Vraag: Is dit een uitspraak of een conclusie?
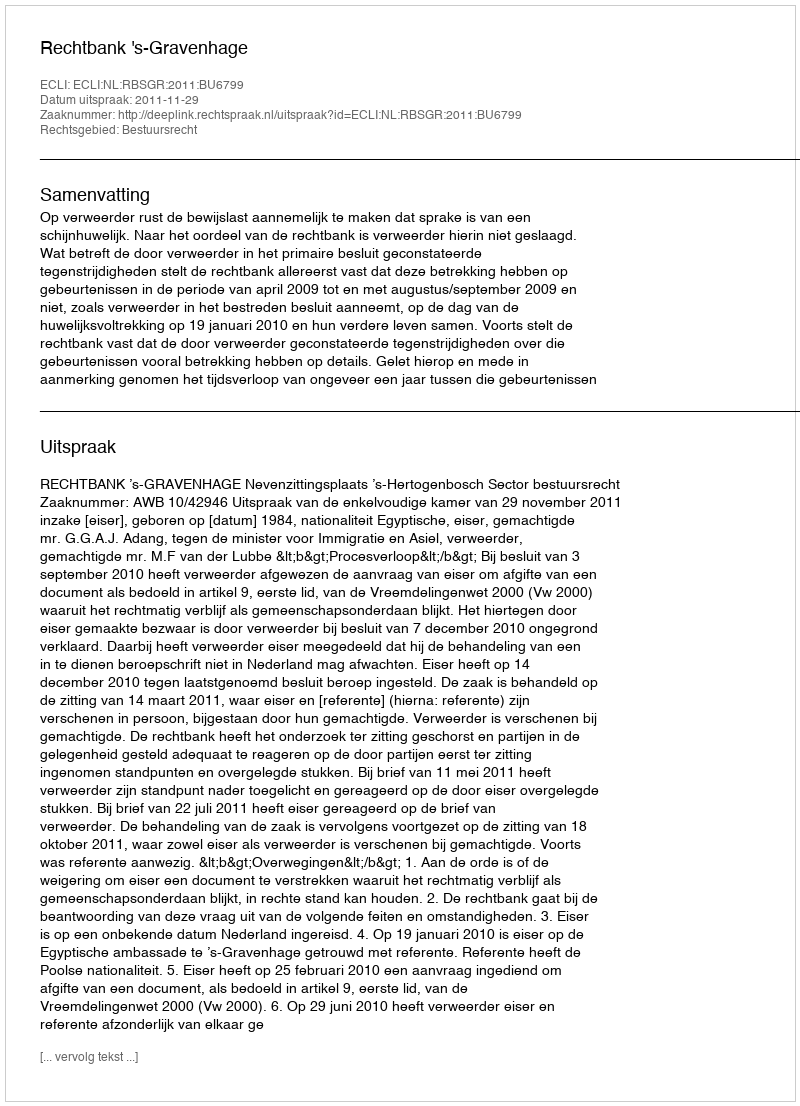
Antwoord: Uitspraak